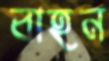
বাহন